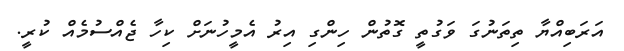
އަރަބިއްޔާ ތިތަނުގަ ވަގުތީ ގޮތުން ހިންގި އިރު އެމީހުނަށް ކިހާ ޖެއްސުމެއް ކުރީ.